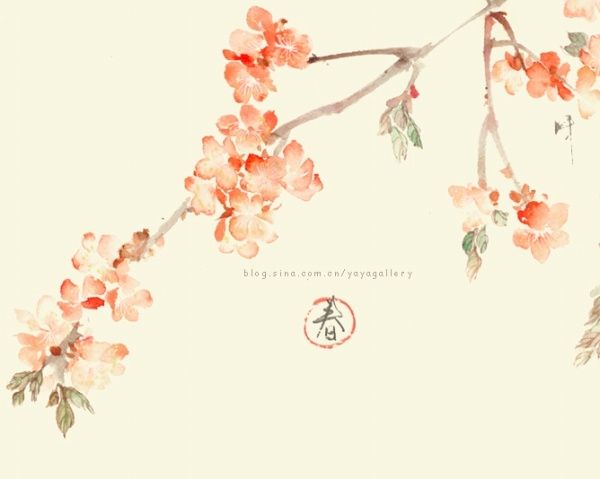
薄雾浓云愁永昼，瑞脑销金兽。